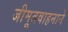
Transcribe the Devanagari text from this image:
जीमूतवाहनाने